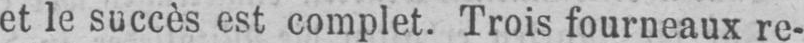
et le succès est complet. Trois fourneaux re-